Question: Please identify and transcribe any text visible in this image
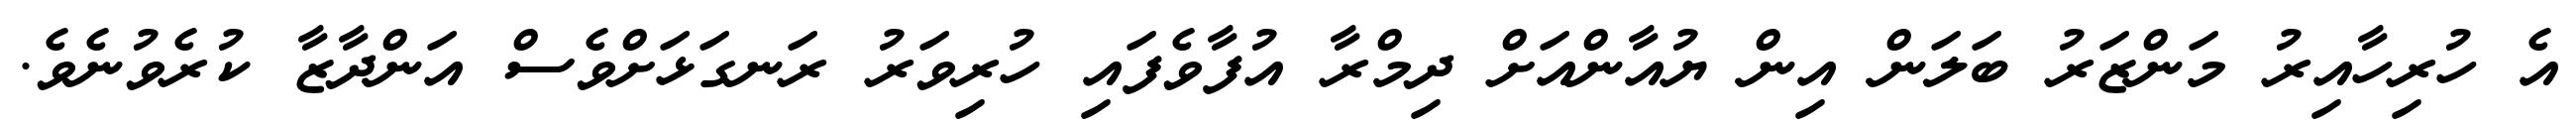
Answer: އެ ހުރިހާއިރު މަންޒަރު ބަލަން އިން ޔުއާންއަށް ދިމްރާ އުފާވެފައި ހުރިވަރު ރަނގަޅަށްވެސް އަންދާޒާ ކުރެވުނެވެ.